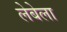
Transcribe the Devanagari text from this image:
लेबेला